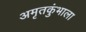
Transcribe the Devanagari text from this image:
अमृतकुंभाला